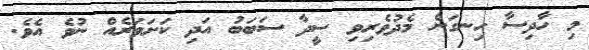
މި ހާދިސާ ހިނގަން މެދުވެރިވި ސީދާ ސަބަބު އަދި ކަށަވަރެއް ނުވެ އެވެ.